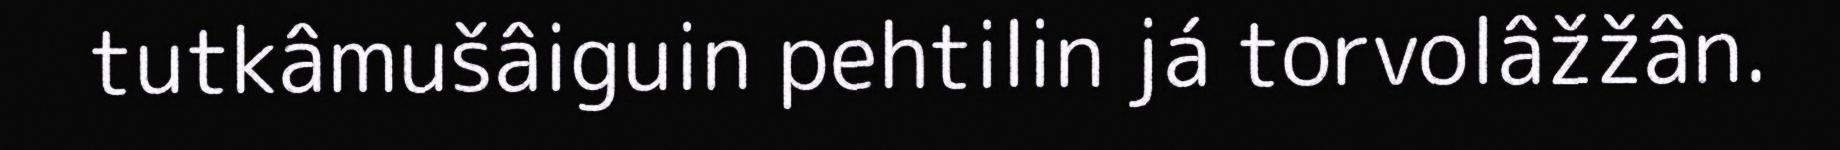
tutkâmušâiguin pehtilin já torvolâžžân.